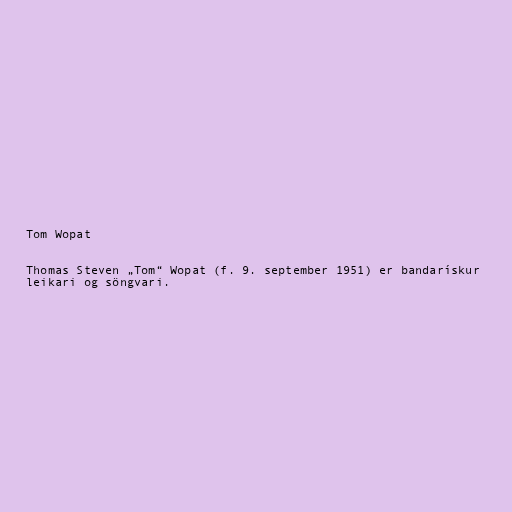
Tom Wopat

Thomas Steven „Tom“ Wopat (f. 9. september 1951) er bandarískur
leikari og söngvari.